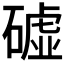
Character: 𥕰